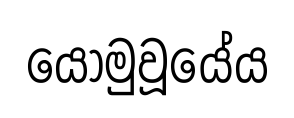
යොමුවූයේය